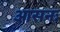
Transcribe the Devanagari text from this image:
आसनः